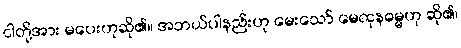
ငါတို့အား မပေးဟုဆို၏။ အဘယ်ပါနည်းဟု မေးသော် မေထုနဓမ္မဟု ဆို၏၊